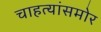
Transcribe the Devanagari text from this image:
चाहत्यांसमोर